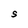
Character: S